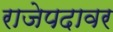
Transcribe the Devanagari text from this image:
राजेपदावर